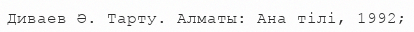
Диваев Ә. Тарту. Алматы: Ана тілі, 1992;